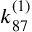
k _ { 8 7 } ^ { ( 1 ) }